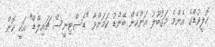
ހޮލީވުޑްގެ އެންމެ މަގުބޫލު އަންހެން ބޭންޑު ކަމަށްވާ "ޑެސްޓިނީސް ޗައިލްޑް" އަކީ ކޮން